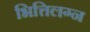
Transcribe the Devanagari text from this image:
भित्तिलग्न